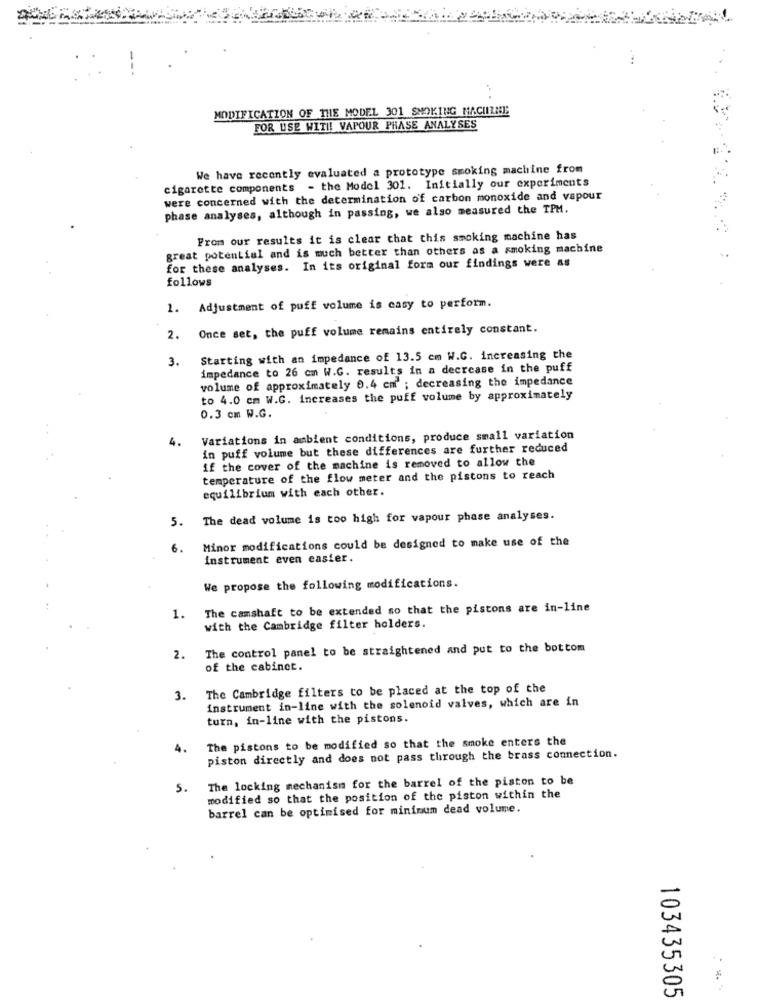
....
MODIFICATION OF THE MODEL 301 SMOKING MACHINE
FOR USE WITH! VAPOUR PHASE ANALYSES
We have recently evaluated a prototype smoking machine from
cigarette components - the Model 301. Initially our experiments
were concerned with the determination of carbon monoxide and vapour
phase analyses, although in passing, we also measured the TPM.
From our results it is clear that this smoking machine has
great potential and is much better than others as a smoking machine
for these analyses. In its original form our findings were as
follows
1. Adjustment of puff volume is casy to perform.
2. Once set, the puff volume remains entirely constant.
3.
Starting with an impedance of 13.5 cm W.G. increasing the
impedance to 26 cm W.G. results in a decrease in the puff
volume of approximately 0.4 cm ; decreasing the impedance
to 4.0 cm W.G. increases the puff volume by approximately
0.3 cm W.G.
4.
Variations in ambient conditions, produce small variation
in puff volume but these differences are further reduced
if the cover of the machine is removed to allow the
temperature of the flow meter and the pistons to reach
equilibrium with each other.
. The dead volume is too high for vapour phase analyses.
Minor modifications could be designed to make use of the
6.
instrument even easier.
We propose the following modifications.
1. The camshaft to be extended so that the pistons are in-line
with the Cambridge filter holders.
2. The control panel to be straightened and put to the bottom
of the cabinet.
3. The Cambridge filters to be placed at the top of the
instrument in-line with the solenoid valves, which are in
turn, in-line with the pistons.
The pistons to be modified so that the smoke enters the
4.
piston directly and does not pass through the brass connection.
The locking mechanism for the barrel of the piston to be
5.
modified so that the position of the piston within the
barrel can be optimised for minimum dead volume.
103435305